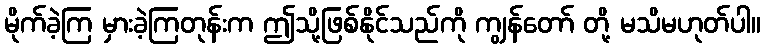
မိုက်ခဲ့ကြ မှားခဲ့ကြတုန်းက ဤသို့ဖြစ်နိုင်သည်ကို ကျွန်တော် တို့ မသိမဟုတ်ပါ။